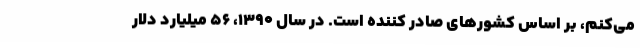
می‌کنم، بر اساس کشورهای صادر کننده است. در سال ۱۳۹۰، ۵۶ میلیارد دلار